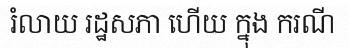
រំលាយ រដ្ឋសភា ហើយ ក្នុង ករណី